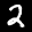
Label: 2